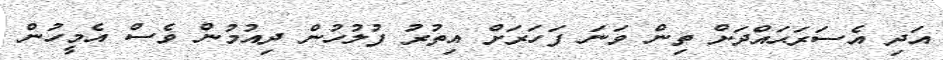
އަދި އެސަރަޙައްދަށް ތިން ވަނަ ފަހަރަށް އިތުރު ފުލުހުން ދިއުމުން ވެސް އެމީހުން